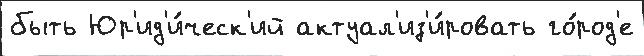
быть Юр'ид'и́ческ'ий актуал'из'и́ровать го́род'е